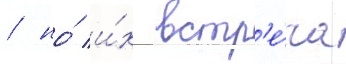
/ но́ и́х встр'е́ча